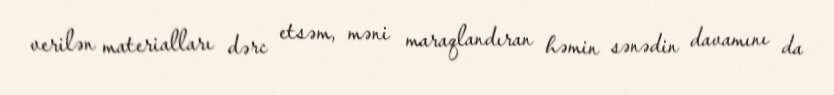
verilən materialları dərc etsəm, məni maraqlandıran həmin sənədin davamını da